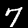
Label: 7